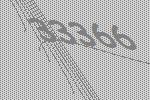
33366